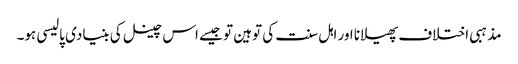
مذہبی اختلاف پھیلانا اور اہل سنت کی توہین تو جیسے اس چینل کی بنیادی پالیسی ہو۔